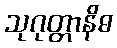
သုဂုတ္တာနိဓ